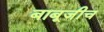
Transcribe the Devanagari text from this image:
बाबूजीच